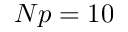
N p = 1 0